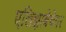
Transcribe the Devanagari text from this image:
एलिझाबेथेवर